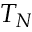
T _ { N }